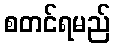
စတင်ရမည်